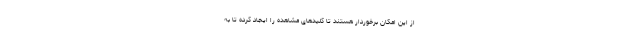
از این امکان برخوردار هستند تا کلیدهای مشاهده را ایجاد کرده تا به